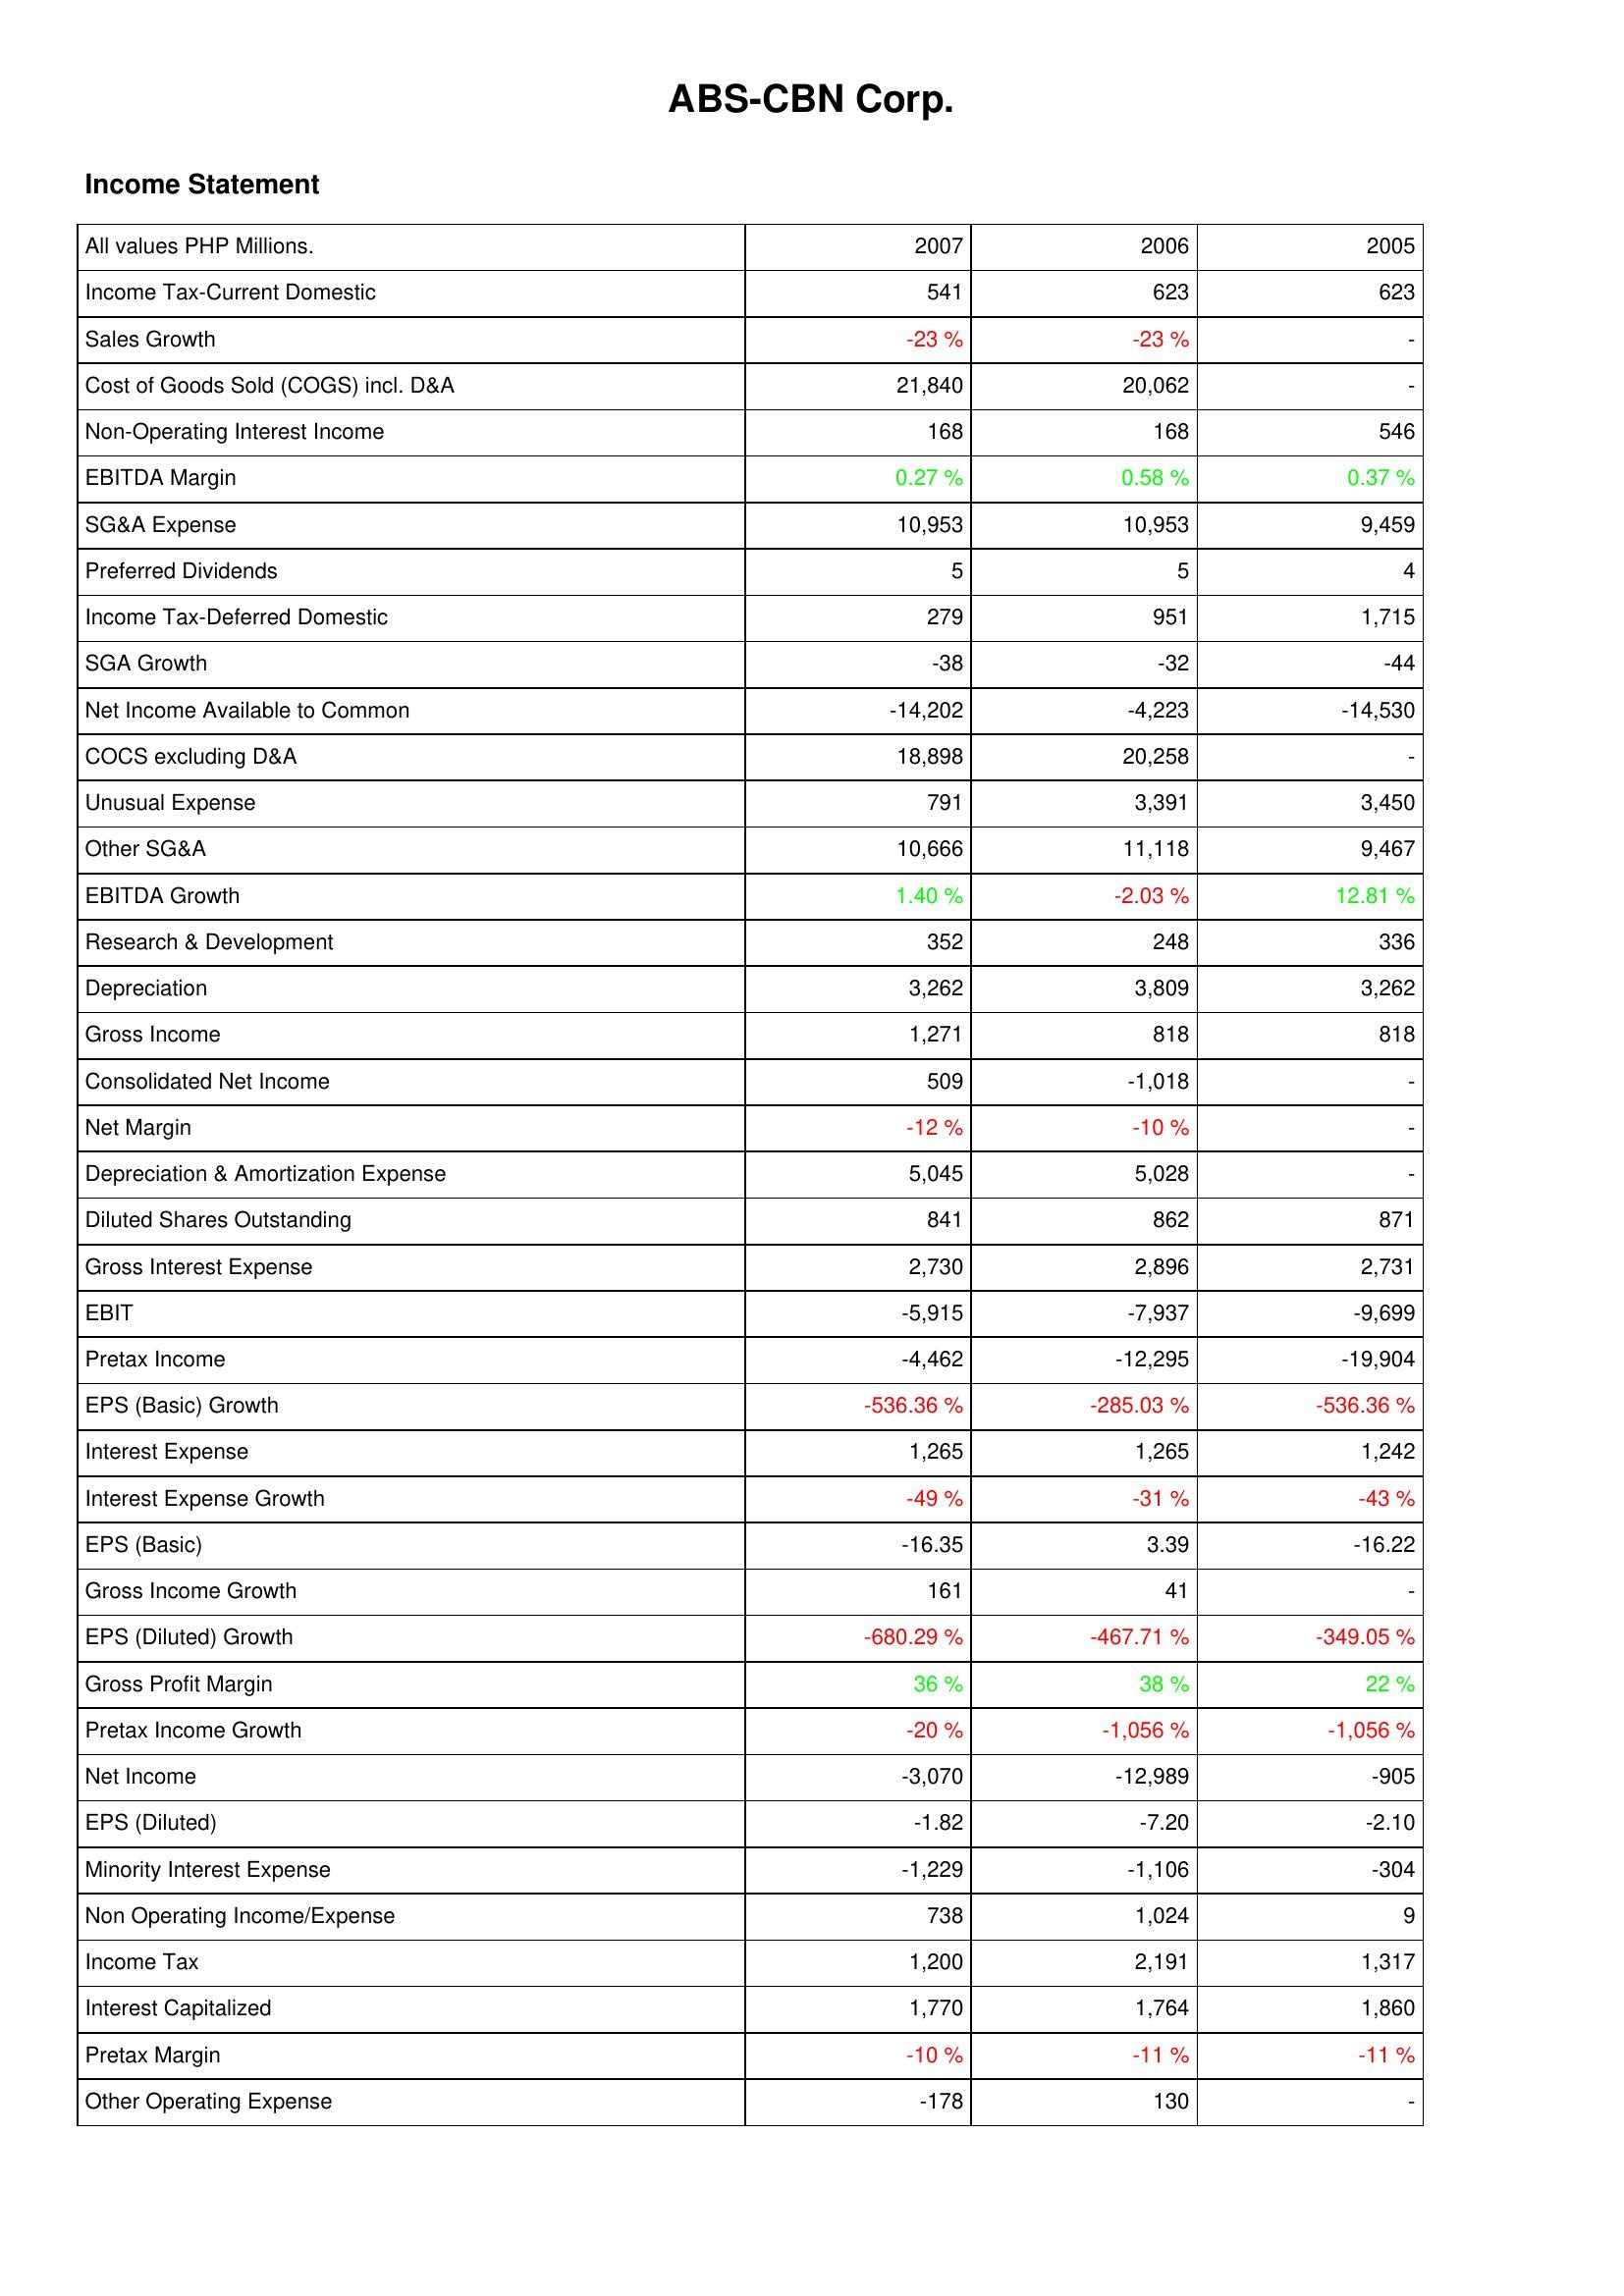
2007: Income Statement: Income Tax-Current Domestic: 541
Sales Growth: -23 %
Cost of Goods Sold (COGS) incl. D&A: 21,840
Non-Operating Interest Income: 168
EBITDA Margin: 0.27 %
SG&A Expense: 10,953
Preferred Dividends: 5
Income Tax-Deferred Domestic: 279
SGA Growth: -38
Net Income Available to Common: -14,202
COCS excluding D&A: 18,898
Unusual Expense: 791
Other SG&A: 10,666
EBITDA Growth: 1.40 %
Research & Development: 352
Depreciation: 3,262
Gross Income: 1,271
Consolidated Net Income: 509
Net Margin: -12 %
Depreciation & Amortization Expense: 5,045
Diluted Shares Outstanding: 841
Gross Interest Expense: 2,730
EBIT: -5,915
Pretax Income: -4,462
EPS (Basic) Growth: -536.36 %
Interest Expense: 1,265
Interest Expense Growth: -49 %
EPS (Basic): -16.35
Gross Income Growth: 161
EPS (Diluted) Growth: -680.29 %
Gross Profit Margin: 36 %
Pretax Income Growth: -20 %
Net Income: -3,070
EPS (Diluted): -1.82
Minority Interest Expense: -1,229
Non Operating Income/Expense: 738
Income Tax: 1,200
Interest Capitalized: 1,770
Pretax Margin: -10 %
Other Operating Expense: -178
2006: Income Statement: Income Tax-Current Domestic: 623
Sales Growth: -23 %
Cost of Goods Sold (COGS) incl. D&A: 20,062
Non-Operating Interest Income: 168
EBITDA Margin: 0.58 %
SG&A Expense: 10,953
Preferred Dividends: 5
Income Tax-Deferred Domestic: 951
SGA Growth: -32
Net Income Available to Common: -4,223
COCS excluding D&A: 20,258
Unusual Expense: 3,391
Other SG&A: 11,118
EBITDA Growth: -2.03 %
Research & Development: 248
Depreciation: 3,809
Gross Income: 818
Consolidated Net Income: -1,018
Net Margin: -10 %
Depreciation & Amortization Expense: 5,028
Diluted Shares Outstanding: 862
Gross Interest Expense: 2,896
EBIT: -7,937
Pretax Income: -12,295
EPS (Basic) Growth: -285.03 %
Interest Expense: 1,265
Interest Expense Growth: -31 %
EPS (Basic): 3.39
Gross Income Growth: 41
EPS (Diluted) Growth: -467.71 %
Gross Profit Margin: 38 %
Pretax Income Growth: -1,056 %
Net Income: -12,989
EPS (Diluted): -7.20
Minority Interest Expense: -1,106
Non Operating Income/Expense: 1,024
Income Tax: 2,191
Interest Capitalized: 1,764
Pretax Margin: -11 %
Other Operating Expense: 130
2005: Income Statement: Income Tax-Current Domestic: 623
Sales Growth: -
Cost of Goods Sold (COGS) incl. D&A: -
Non-Operating Interest Income: 546
EBITDA Margin: 0.37 %
SG&A Expense: 9,459
Preferred Dividends: 4
Income Tax-Deferred Domestic: 1,715
SGA Growth: -44
Net Income Available to Common: -14,530
COCS excluding D&A: -
Unusual Expense: 3,450
Other SG&A: 9,467
EBITDA Growth: 12.81 %
Research & Development: 336
Depreciation: 3,262
Gross Income: 818
Consolidated Net Income: -
Net Margin: -
Depreciation & Amortization Expense: -
Diluted Shares Outstanding: 871
Gross Interest Expense: 2,731
EBIT: -9,699
Pretax Income: -19,904
EPS (Basic) Growth: -536.36 %
Interest Expense: 1,242
Interest Expense Growth: -43 %
EPS (Basic): -16.22
Gross Income Growth: -
EPS (Diluted) Growth: -349.05 %
Gross Profit Margin: 22 %
Pretax Income Growth: -1,056 %
Net Income: -905
EPS (Diluted): -2.10
Minority Interest Expense: -304
Non Operating Income/Expense: 9
Income Tax: 1,317
Interest Capitalized: 1,860
Pretax Margin: -11 %
Other Operating Expense: -